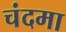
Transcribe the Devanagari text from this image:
चंदमा